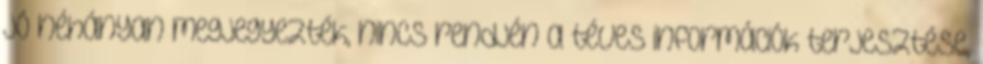
jó néhányan megjegyezték, nincs rendjén a téves információk terjesztése,